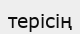
терісің